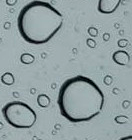
موقف خاص